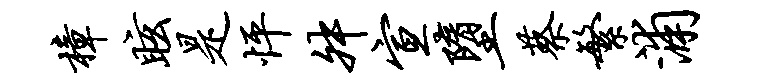
樟眩是怦舛宣堕蔡繁浦